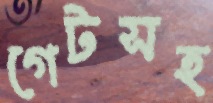
গেটসহ